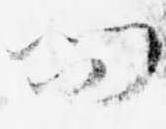
問